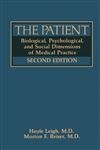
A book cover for The Patient: Biological, Psychological, and Social Dimensions of Medical Practice; Hoyle Leigh; Health, Fitness & Dieting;